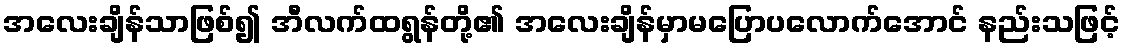
အလေးချိန်သာဖြစ်၍ အီလက်ထရွန်တို့၏ အလေးချိန်မှာမပြောပလောက်အောင် နည်းသဖြင့်